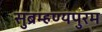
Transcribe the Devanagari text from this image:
सुब्रम्हण्यपुरम